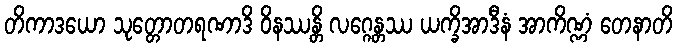
တိကာဒယော သုတ္တောတရဏာဒိ ဝိနဿန္တိ လဂ္ဂေန္တဿ ယက္ခိအာဒီနံ အာကိဏ္ဏံ တေနာတိ